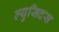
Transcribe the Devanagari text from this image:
ल्युसिदस